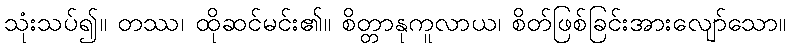
သုံးသပ်၍။ တဿ၊ ထိုဆင်မင်း၏။ စိတ္တာနုကူလာယ၊ စိတ်ဖြစ်ခြင်းအားလျော်သော။